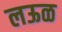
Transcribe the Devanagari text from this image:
लऊळ